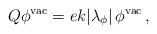
LaTeX: \begin{align*}Q\phi ^{\textrm{vac}}=ek|\lambda _{\phi }|\, \phi ^{\textrm{vac}}\, ,\end{align*}